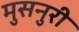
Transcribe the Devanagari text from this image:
मुसनुरी